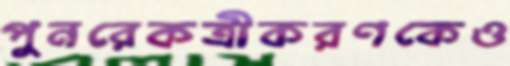
পুনরেকত্রীকরণকেও